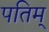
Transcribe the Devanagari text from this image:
पतिम्